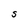
Character: S